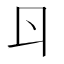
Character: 𠁾